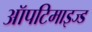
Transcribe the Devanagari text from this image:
ऑपटिमाइज्ड